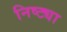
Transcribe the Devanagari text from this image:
निष्ट्या